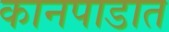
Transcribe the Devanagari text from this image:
कानपाडात